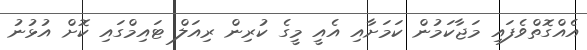
އެއްގޮތްވެފައި މަޖާކަމުން ކަމަށާއި އެއީ މީގެ ކުރިން ރިއަލް ޓައިމްގައި ކޮށް އުޅުނު